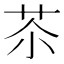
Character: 苶